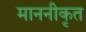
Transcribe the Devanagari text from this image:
माननीकृत